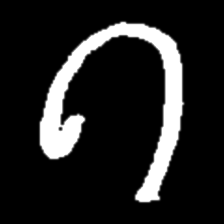
Pyu character \u2014 Myanmar letter: ဂ (romanized: ga)